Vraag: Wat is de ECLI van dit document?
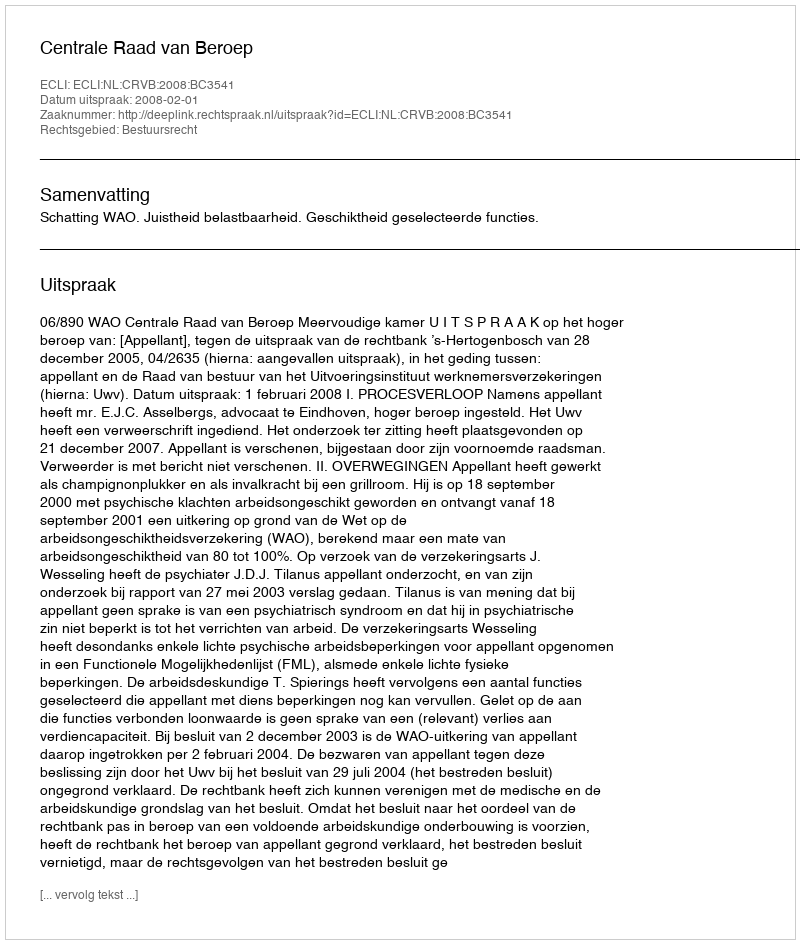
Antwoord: ECLI:NL:CRVB:2008:BC3541